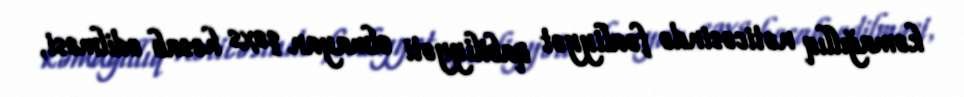
kəmağıllıq nəticəsində fəaliyyət qabiliyyəti olmayan şəxs hesab edilməsi,